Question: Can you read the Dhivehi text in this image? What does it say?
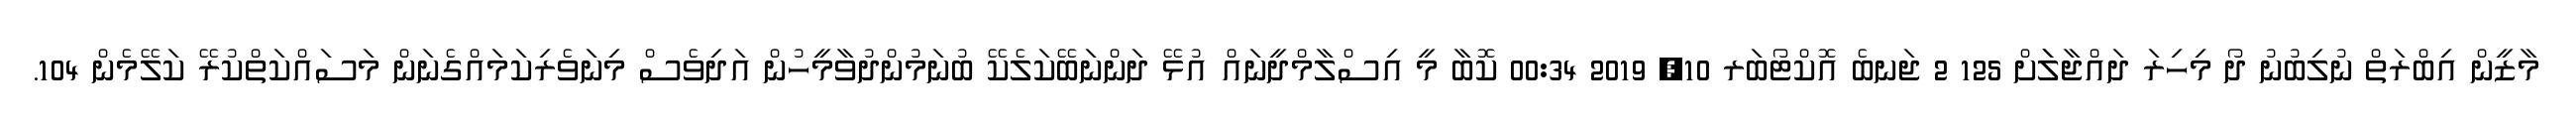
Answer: މާޒީން އިބްރަތް ނުލިބުނު ދޯ މިހިރަ ދައްޖާލަަށް 125 2 ޖަނބެ އޮކްޓޯބަރ 10, 2019 00:34 ކޮބާ މީ އިސްލާމްދީނައް އުޅޭ ދަންނަބޭކަލެކޭ ބުނަމުންދުވާމީހުން އަދިވެސް މިނަވެރިކަމައްގެނަން މަސައްކަތްކުރޭ ކަލޭމެން 104.